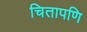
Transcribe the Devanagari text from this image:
चितापणि